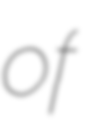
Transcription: of